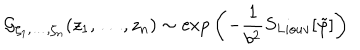
LaTeX: { \cal G } _ { \zeta _ { 1 } , \ldots , \zeta _ { n } } ( z _ { 1 } , \ldots , z _ { n } ) \sim \exp { \left( - { \frac { 1 } { b ^ { 2 } } } S _ { L i o u v } [ \tilde { \varphi } ] \right) }